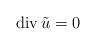
LaTeX: \begin{align*}\operatorname{div}\tilde{u}=0 \end{align*}